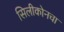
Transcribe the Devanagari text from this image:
सिलीकोनचा